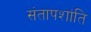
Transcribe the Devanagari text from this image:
संतापशांति